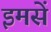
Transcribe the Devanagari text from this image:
इमसें